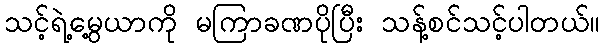
သင့်ရဲ့မွေ့ယာကို မကြာခဏပိုပြီး သန့်စင်သင့်ပါတယ်။